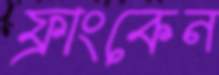
ফ্রাংকেন